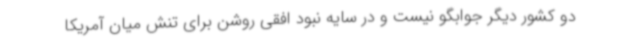
دو کشور دیگر جوابگو نیست و در سایه نبود افقی روشن برای تنش میان آمریکا